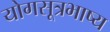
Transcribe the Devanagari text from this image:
योगसूत्रभाष्य